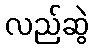
လည်ဆွဲ